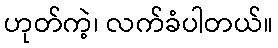
ဟုတ်ကဲ့၊ လက်ခံပါတယ်။